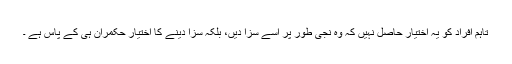
تاہم افراد کو یہ اختیار حاصل نہیں کہ وہ نجی طور پر اسے سزا دیں، بلکہ سزا دینے کا اختیار حکمران ہی کے پاس ہے ۔